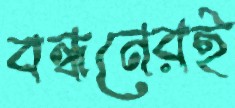
বন্ধনেরই